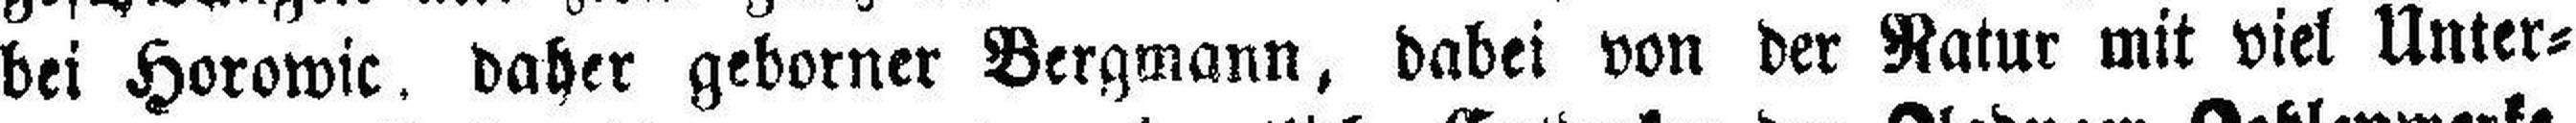
bei Horowic. daher geborner Bergmann, dabei von der Natur mit viel Unter¬